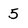
Character: 5